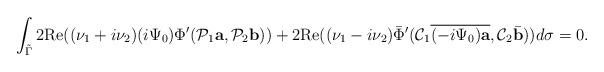
LaTeX: \begin{align*}\int_{\tilde\Gamma}2\mbox{Re} ((\nu_1+i\nu_2){(i\Psi_0)\Phi'(\mathcal P_1 {\mbox{\bf a}},\mathcal P_2 {\mbox{\bf b}})})+2\mbox{Re} ((\nu_1-i\nu_2) {}{\bar\Phi'(\mathcal C_1\overline{(-i \Psi_0)\mbox{\bf a}},\mathcal C_2\bar{\mbox{\bf b}})})d\sigma=0.\end{align*}